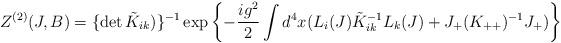
LaTeX: \begin{align*}Z^{(2)}(J,B) = \{ \det \tilde{K}_{ik})\}^{-1} \exp \left\{ -\frac{ig^2}{2} \int d^4 x (L_i (J) \tilde{K}^{-1}_{ik} L_k(J) +J_{+} (K_{++})^{-1} J_{+}) \right\}\end{align*}